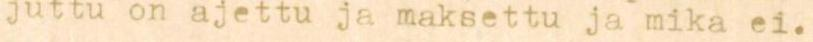
juttu on ajettu ja maksettu ja mika ei.